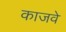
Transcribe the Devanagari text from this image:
काजवे